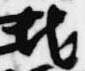
地